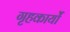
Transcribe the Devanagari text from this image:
गृहकार्यों